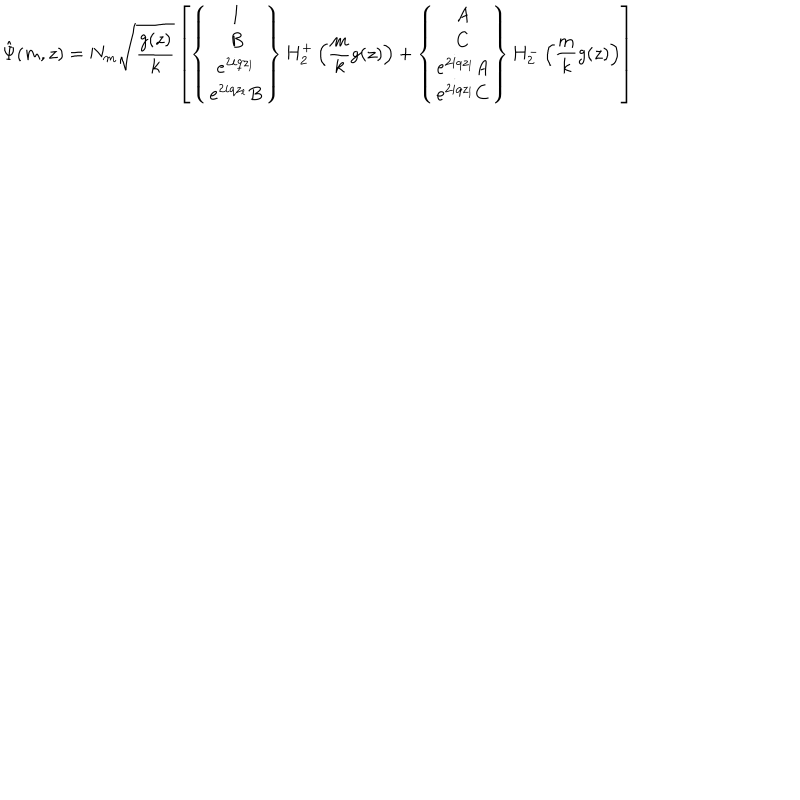
LaTeX: \hat { \Psi } ( m , z ) = N _ { m } \sqrt { \frac { g ( z ) } { k } } \left[ \left\{ \begin{array} { c } { { 1 } } \\ { { B } } \\ { { e ^ { 2 i q z _ { l } } } } \\ { { e ^ { 2 i q z _ { l } } B } } \\ \end{array} \right\} H _ { 2 } ^ { + } \left( \frac { m } { k } g ( z ) \right) + \left\{ \begin{array} { c } { { A } } \\ { { C } } \\ { { e ^ { 2 i q z _ { l } } A } } \\ { { e ^ { 2 i q z _ { l } } C } } \\ \end{array} \right\} H _ { 2 } ^ { - } \left( \frac { m } { k } g ( z ) \right) \right]